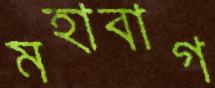
মহাবাগ